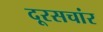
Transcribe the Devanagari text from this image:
दूरसचांर